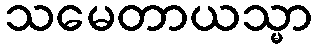
သမေတာယသ္မာ